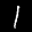
Label: 1